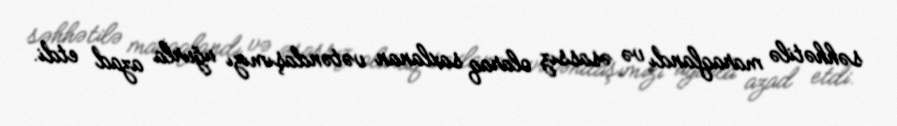
səhhətilə maraqlandı və əsassız olaraq saxlanan vətəndaşımızı uğurla azad etdi.